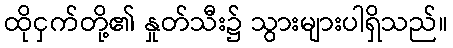
ထိုငှက်တို့၏ နှုတ်သီး၌ သွားများပါရှိသည်။